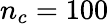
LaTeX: n_{c}=100